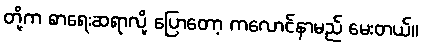
တို့က စာရေးဆရာလို့ ပြောတော့ ကလောင်နာမည် မေးတယ်။